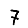
Digit: 7